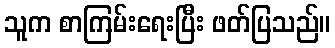
သူက စာကြမ်းရေးပြီး ဖတ်ပြသည်။